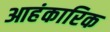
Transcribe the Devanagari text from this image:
आहंकारिक